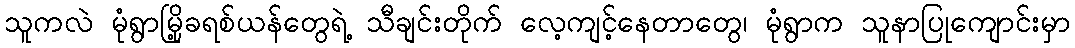
သူကလဲ မုံရွာမြို့ခရစ်ယန်တွေရဲ့ သီချင်းတိုက် လေ့ကျင့်နေတာတွေ၊ မုံရွာက သူနာပြုကျောင်းမှာ